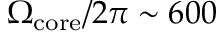
\Omega _ { \mathrm { c o r e } } / 2 \pi \sim 6 0 0